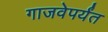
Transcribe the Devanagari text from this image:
गाजवेपर्यंत